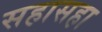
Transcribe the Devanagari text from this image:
सहासहा